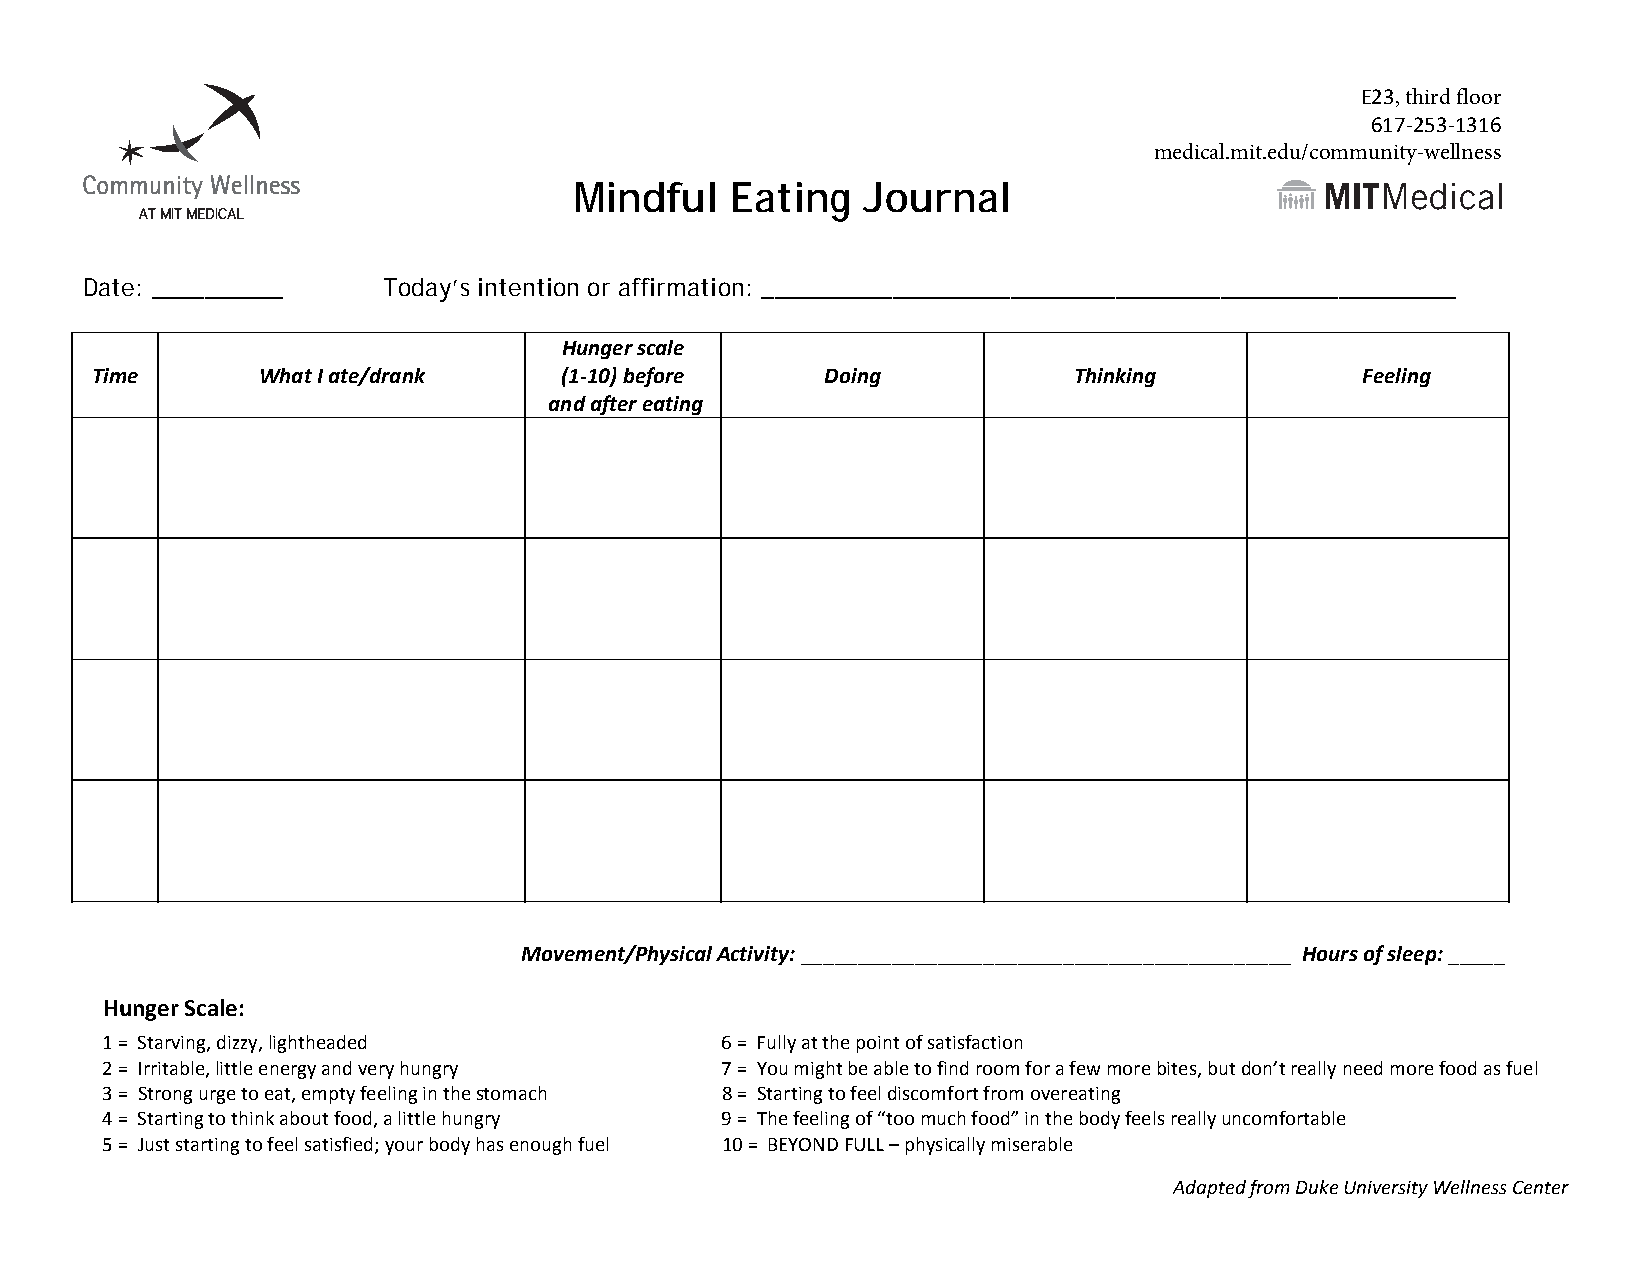
E23, third floor
 617‐253‐1316
 medical.mit.edu/community-wellness
 Mindful   Eating   Journal
 Date: __________   Today’s intention or affirmation: _____________________________________________________
 Hunger scale
 Time       What I ate/drank    (1‐10) before     Doing           Thinking           Feeling
 and after eating
 Movement/Physical Activity: ___________________________________________ Hours of sleep: _____
 Hunger Scale:
 1 = Starving, dizzy, lightheaded         6 = Fully at the point of satisfaction
 2 = Irritable, little energy and very hungry 7 = You might be able to find room for a few more bites, but don’t really need more food as fuel
 3 = Strong urge to eat, empty feeling in the stomach 8 = Starting to feel discomfort from overeating
 4 = Starting to think about food, a little hungry 9 = The feeling of “too much food” in the body feels really uncomfortable
 5 = Just starting to feel satisfied; your body has enough fuel 10 = BEYOND FULL – physically miserable
 Adapted from Duke University Wellness Center